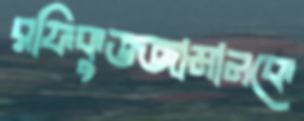
রফিকুজ্জামানকে